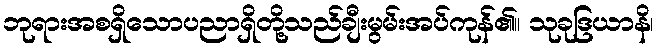
ဘုရားအစရှိသောပညာရှိတို့သည်ချီးမွမ်းအပ်ကုန်၏။ သုခုဒြယာနိ၊